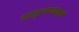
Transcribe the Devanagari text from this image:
वाङ्‌मयस्त्वं